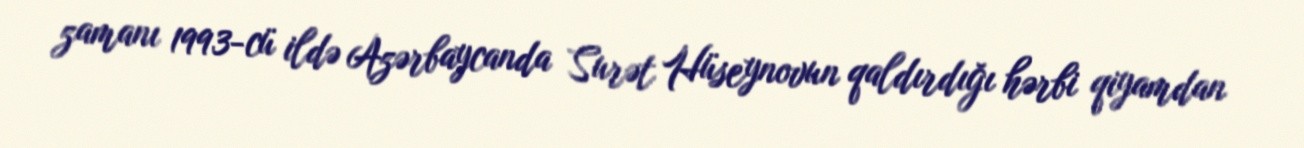
zamanı 1993-cü ildə Azərbaycanda Surət Hüseynovun qaldırdığı hərbi qiyamdan